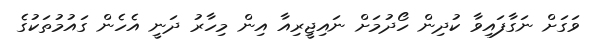
ވަގަށް ނަގާފައިވާ ކުދިން ހޯދުމަށް ނައިޖީރިއާ އިން މިހާރު ދަނީ އެހެން ގައުމުތަކުގެ